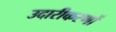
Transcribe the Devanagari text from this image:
उदारीकरणों